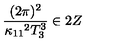
{ \frac { ( 2 \pi ) ^ { 2 } } { \kappa _ { 1 1 } { } ^ { 2 } T _ { 3 } ^ { 3 } } } \in 2 Z